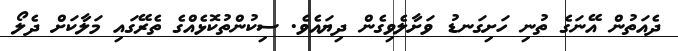
ދެއަތުން އޭނަގެ ތުނި ހަށިގަނޑު ވަށާލެވިގެން ދިޔައެވެ. ސިކުންތުކޮޅެއްގެ ތެރޭގައި މަލާކަށް ދެލޯ